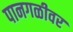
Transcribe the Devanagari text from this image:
पानगळीवर